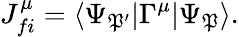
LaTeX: J_{fi}^{\mu}=\langle\Psi_{\mathfrak{P}^{\prime}}|\Gamma^{\mu}|\Psi_{\mathfrak{P}}\rangle.